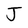
Character: J